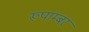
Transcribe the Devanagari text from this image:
रूपाम्बर